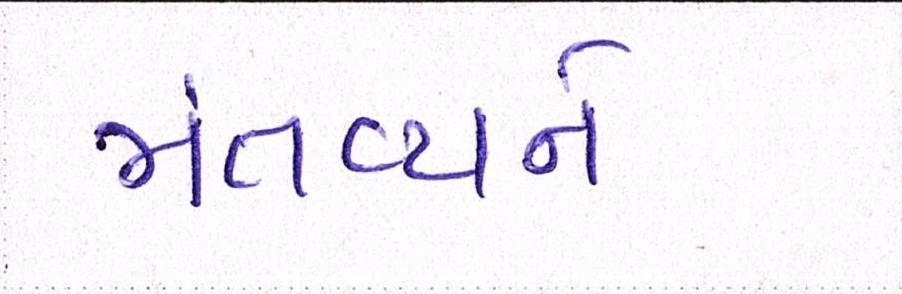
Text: મંતવ્યને